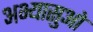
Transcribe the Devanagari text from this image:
अभ्यासुओ